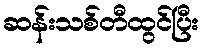
ဆန်းသစ်တီထွင်ပြီး